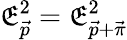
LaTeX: \mathfrak{E}_{\vec{{p}}}^{2}=\mathfrak{E}_{\vec{{p}}+\vec{{\pi}}}^{2}